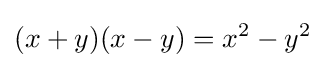
(x+y)(x-y)=x^{2}-y^{2}